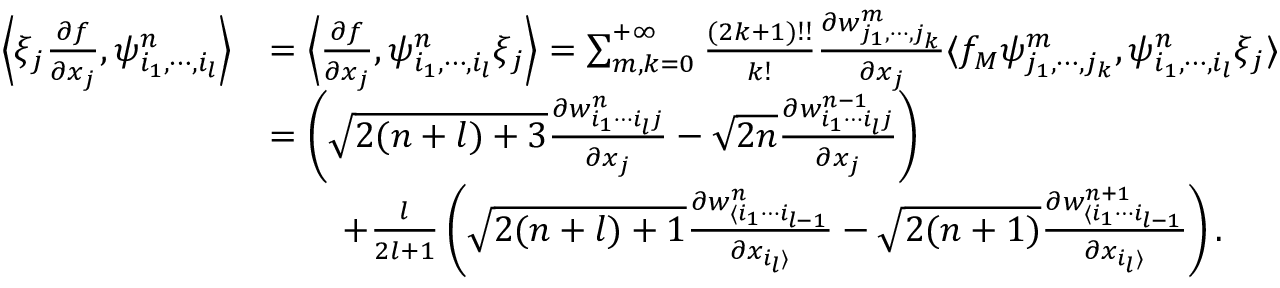
\begin{array} { r l } { \left\langle \xi _ { j } \frac { \partial f } { \partial x _ { j } } , \psi _ { i _ { 1 } , \cdots , i _ { l } } ^ { n } \right\rangle } & { = \left\langle \frac { \partial f } { \partial x _ { j } } , \psi _ { i _ { 1 } , \cdots , i _ { l } } ^ { n } \xi _ { j } \right\rangle = \sum _ { m , k = 0 } ^ { + \infty } \frac { ( 2 k + 1 ) ! ! } { k ! } \frac { \partial w _ { j _ { 1 } , \cdots , j _ { k } } ^ { m } } { \partial x _ { j } } \langle f _ { M } \psi _ { j _ { 1 } , \cdots , j _ { k } } ^ { m } , \psi _ { i _ { 1 } , \cdots , i _ { l } } ^ { n } \xi _ { j } \rangle } \\ & { = \left( \sqrt { 2 ( n + l ) + 3 } \frac { \partial w _ { i _ { 1 } \cdots i _ { l } j } ^ { n } } { \partial x _ { j } } - \sqrt { 2 n } \frac { \partial w _ { i _ { 1 } \cdots i _ { l } j } ^ { n - 1 } } { \partial x _ { j } } \right) } \\ & { \qquad + \frac { l } { 2 l + 1 } \left( \sqrt { 2 ( n + l ) + 1 } \frac { \partial w _ { \langle i _ { 1 } \cdots i _ { l - 1 } } ^ { n } } { \partial x _ { i _ { l } \rangle } } - \sqrt { 2 ( n + 1 ) } \frac { \partial w _ { \langle i _ { 1 } \cdots i _ { l - 1 } } ^ { n + 1 } } { \partial x _ { i _ { l } \rangle } } \right) . } \end{array}